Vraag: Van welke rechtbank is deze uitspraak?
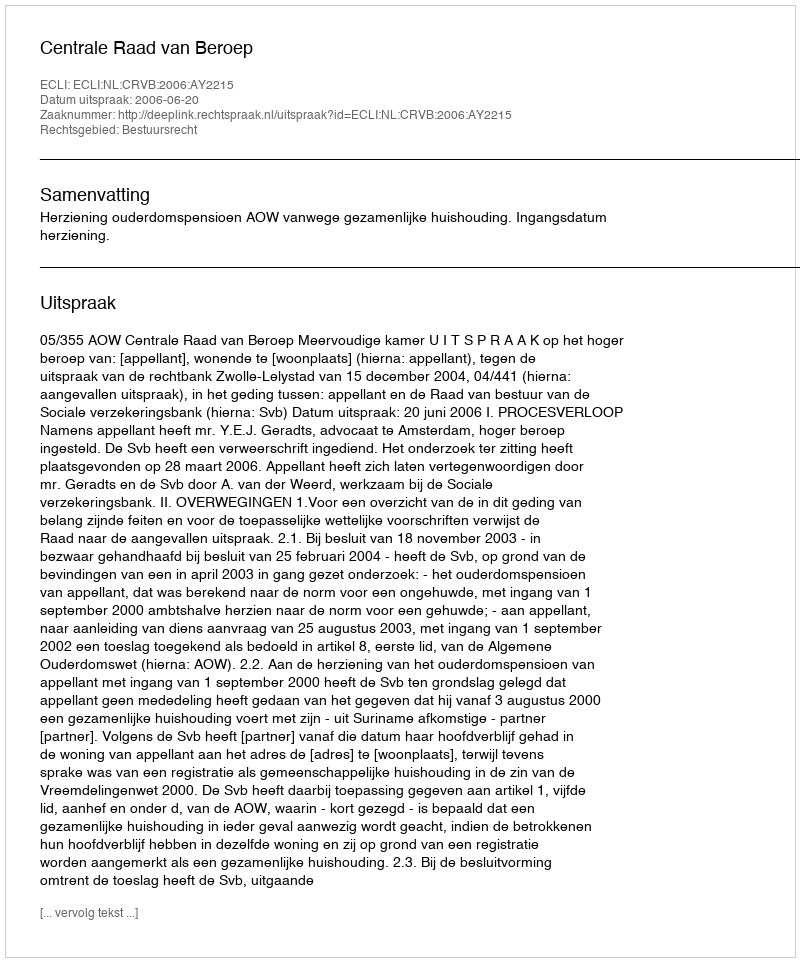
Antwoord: Centrale Raad van Beroep